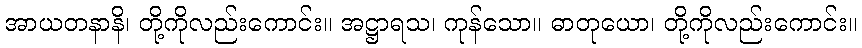
အာယတနာနိ၊ တို့ကိုလည်းကောင်း။ အဋ္ဌာရသ၊ ကုန်သော။ ဓာတုယော၊ တို့ကိုလည်းကောင်း။